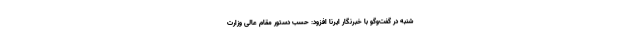
شنبه در گفت‌وگو با خبرنگار ایرنا افزود: حسب دستور مقام عالی وزارت